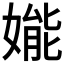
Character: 𱙦